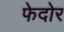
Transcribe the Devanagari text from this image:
फेदोर